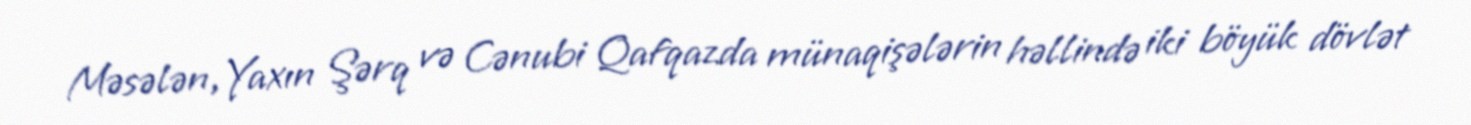
Məsələn, Yaxın Şərq və Cənubi Qafqazda münaqişələrin həllində iki böyük dövlət